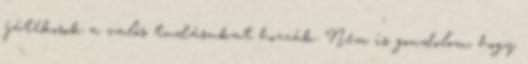
játékosok a valós tudásukat hozzák. Nem is gondolom, hogy